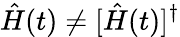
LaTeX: \hat{H}(t)\neq[\hat{H}(t)]^{\dagger}